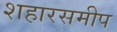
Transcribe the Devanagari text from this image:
शहारसमीप